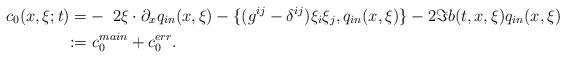
LaTeX: \begin{align*}c_0(x,\xi;t) = & -\ 2 \xi \cdot \partial_{x} q_{in}(x,\xi) - \{ (g^{ij}-\delta^{ij}) \xi_i \xi_j, q_{in}(x,\xi)\} - 2 \Im b(t,x,\xi) q_{in}(x,\xi)\\:= & \ c_0^{main} + c_0^{err}.\end{align*}